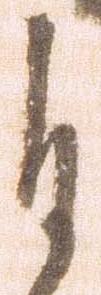
自